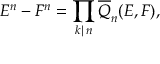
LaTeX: E ^ { n } - F ^ { n } = \prod _ { k \mid n } { \overline { { Q } } } _ { n } ( E , F ) ,